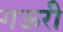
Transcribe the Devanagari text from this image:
गऊरी